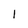
Character: 1